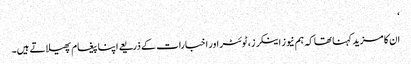
‘
ان کا مزید کہنا تھا کہ ہم نیوز اینکرز، ٹوئٹر اور اخبارات کے ذریعے اپنا پیغام پھیلاتے ہیں۔